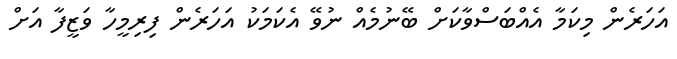
އަހަރެން މިކަމާ އެއްބަސްވާކަށް ބޭނުމެއް ނުވޭ އެކަމަކު އަހަރެން ފިރިމީހާ ވަޒީފާ އަށް